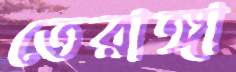
তেরাঙ্গা